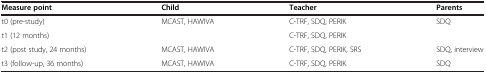
| Measure point | Child | Teacher | Parents |
 | --- | --- | --- | --- |
 | t0 (pre-study) | MCAST, HAWIVA | C-TRF, SDQ, PERIK | SDQ |
 | t1 (12 months) |  | C-TRF, SDQ, PERIK |  |
 | t2 (post study, 24 months) | MCAST, HAWIVA | C-TRF, SDQ, PERIK, SRS | SDQ, interview |
 | t3 (follow-up, 36 months) | MCAST, HAWIVA | C-TRF, SDQ, PERIK | SDQ |